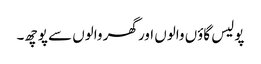
پولیس گاؤں والوں اور گھر والوں سے پوچھ۔